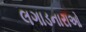
લગાડનારાઓ